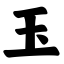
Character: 玉